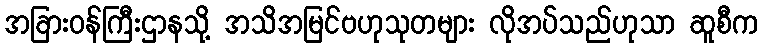
အခြားဝန်ကြီးဌာနသို့ အသိအမြင်ဗဟုသုတများ လိုအပ်သည်ဟုသာ ဆူစီက